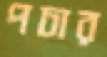
পচার